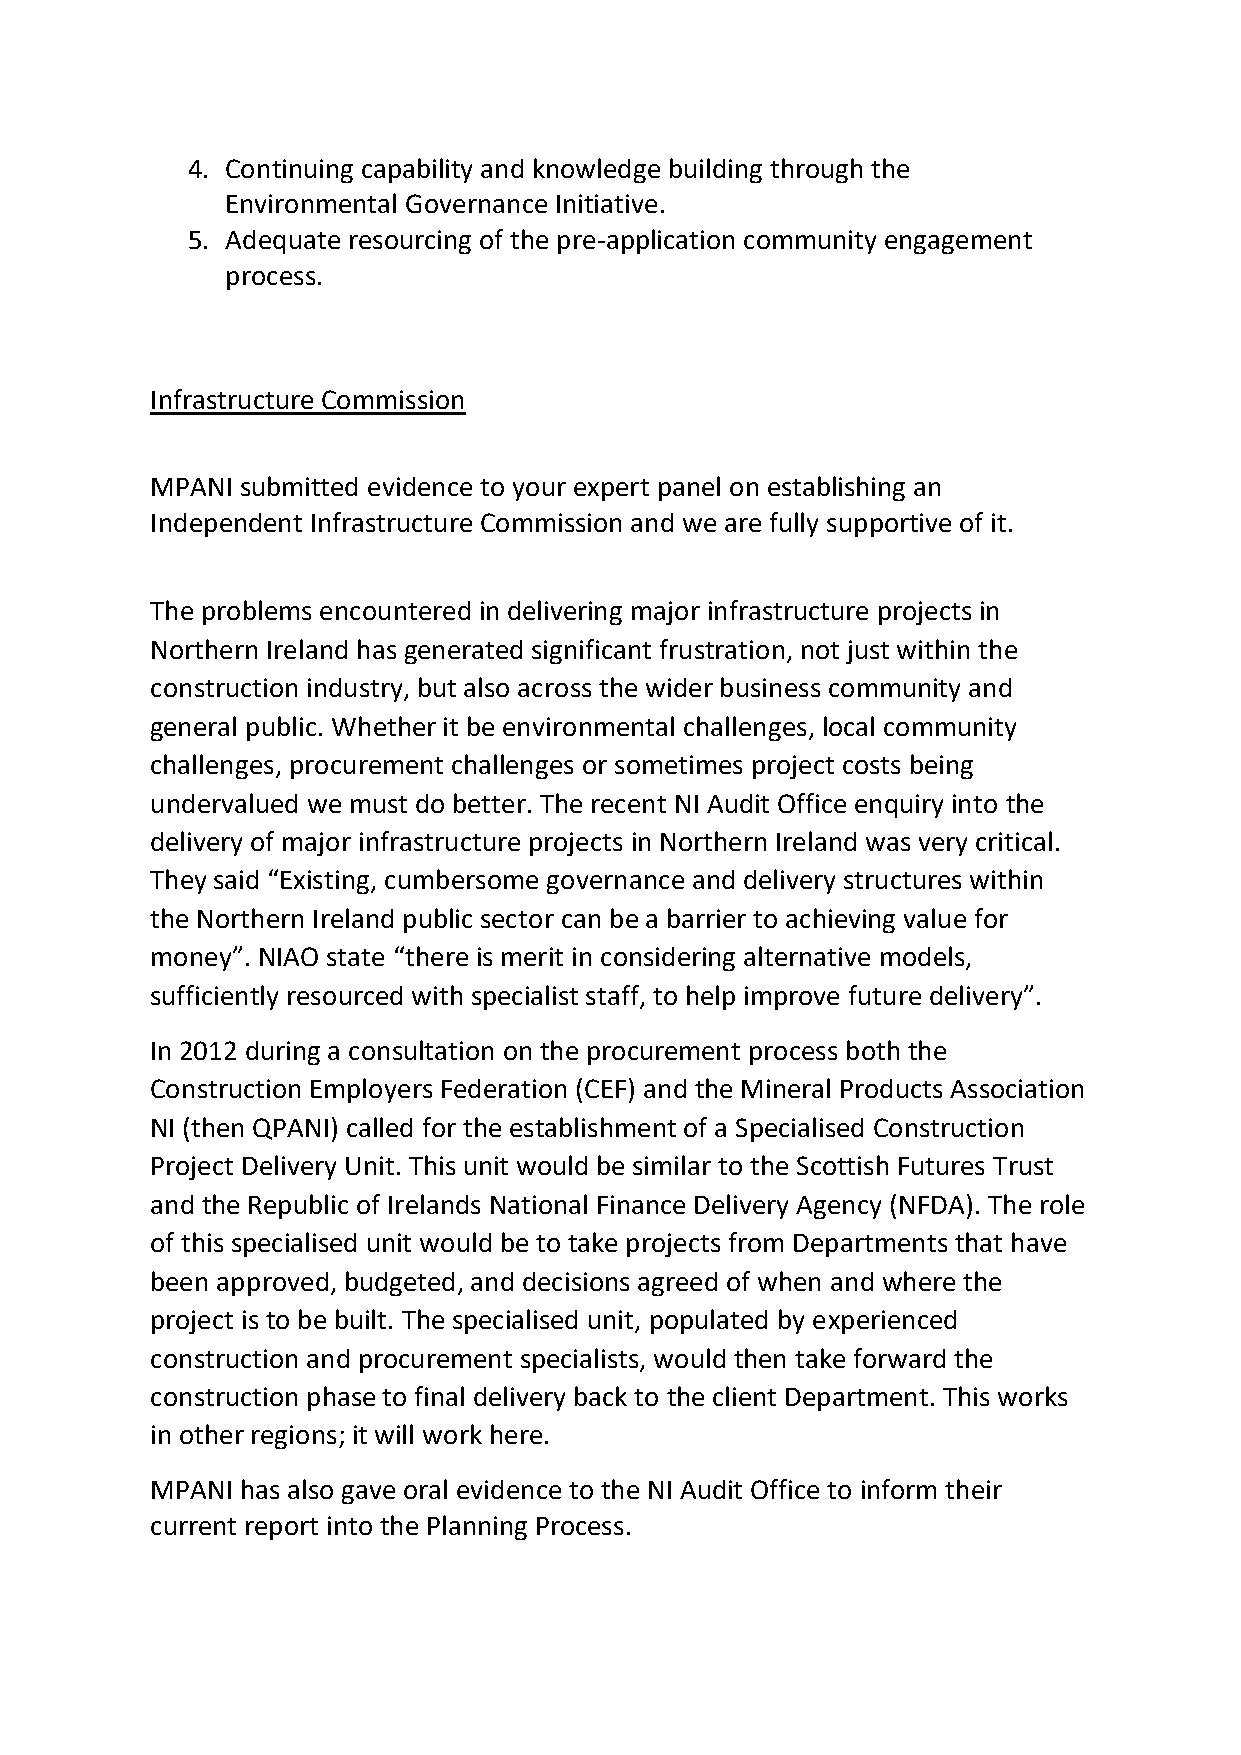
4. Continuing capability and knowledge building through the
 Environmental Governance Initiative.
 5. Adequate resourcing of the pre-application community engagement
 process.
 Infrastructure Commission
 MPANI submitted evidence to your expert panel on establishing an
 Independent Infrastructure Commission and we are fully supportive of it.
 The problems encountered in delivering major infrastructure projects in
 Northern Ireland has generated significant frustration, not just within the
 construction industry, but also across the wider business community and
 general public. Whether it be environmental challenges, local community
 challenges, procurement challenges or sometimes project costs being
 undervalued we must do better. The recent NI Audit Office enquiry into the
 delivery of major infrastructure projects in Northern Ireland was very critical.
 They said “Existing, cumbersome governance and delivery structures within
 the Northern Ireland public sector can be a barrier to achieving value for
 money”. NIAO state “there is merit in considering alternative models,
 sufficiently resourced with specialist staff, to help improve future delivery”.
 In 2012 during a consultation on the procurement process both the
 Construction Employers Federation (CEF) and the Mineral Products Association
 NI (then QPANI) called for the establishment of a Specialised Construction
 Project Delivery Unit. This unit would be similar to the Scottish Futures Trust
 and the Republic of Irelands National Finance Delivery Agency (NFDA). The role
 of this specialised unit would be to take projects from Departments that have
 been approved, budgeted, and decisions agreed of when and where the
 project is to be built. The specialised unit, populated by experienced
 construction and procurement specialists, would then take forward the
 construction phase to final delivery back to the client Department. This works
 in other regions; it will work here.
 MPANI has also gave oral evidence to the NI Audit Office to inform their
 current report into the Planning Process.